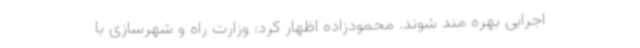
اجرایی بهره مند شوند. محمودزاده اظهار کرد: وزارت راه و شهرسازی با